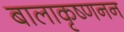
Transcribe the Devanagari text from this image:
बालाकृष्णनन